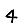
Digit: 4